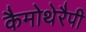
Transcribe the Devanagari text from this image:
कैमोथेरैपी